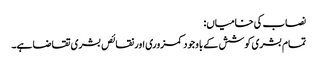
نصاب کی خامیاں:
تمام بشری کوشش کے باوجود کمزوری اور نقائص بشری تقاضا ہے۔